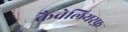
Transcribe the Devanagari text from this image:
कैवेलियरफ़